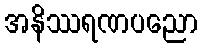
အနိဿရဏပညော